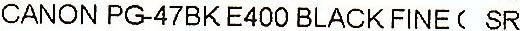
CANON PG-47BK E400 BLACK FINE( SR